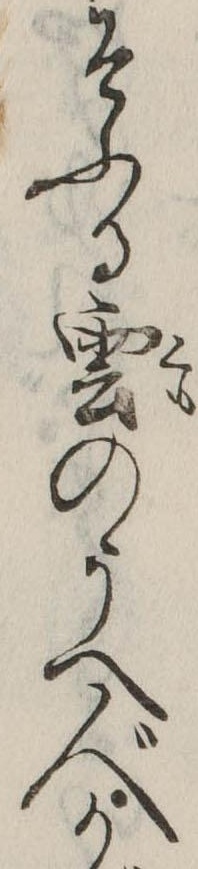
そふる雲のうへ人か